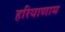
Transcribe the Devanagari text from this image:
हरियाणाम